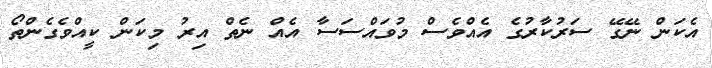
އެކަން ނޭގޭ ސަރުކާރުގެ އެއްވެސް މުވައްސަސާ އެއް ނެތް އިރު މިކަން ކީއްވެގެންތޯ